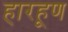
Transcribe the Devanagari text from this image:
हारहूण